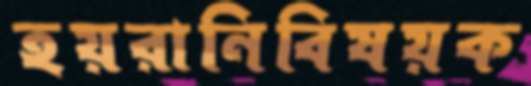
হয়রানিবিষয়ক